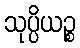
သုပ္ပိယဉ္စ